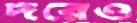
দরেও